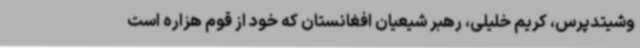
وشیتدپرس، کریم خلیلی، رهبر شیعیان افغانستان که خود از قوم هزاره است